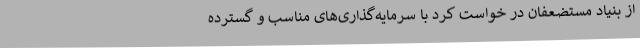
از بنیاد مستضعفان در خواست کرد با سرمایه‌گذاری‌های مناسب و گسترده